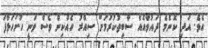
އެވެ. އަދި ކޮންމެ ދައުވާއެއް ސާބިތުކުރުމަށް ސިއްރު ހެއްކިން ވެސް ވަނީ ހުށަހަޅާފަ